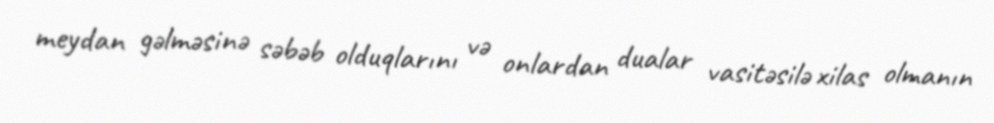
meydan gəlməsinə səbəb olduqlarını və onlardan dualar vasitəsilə xilas olmanın